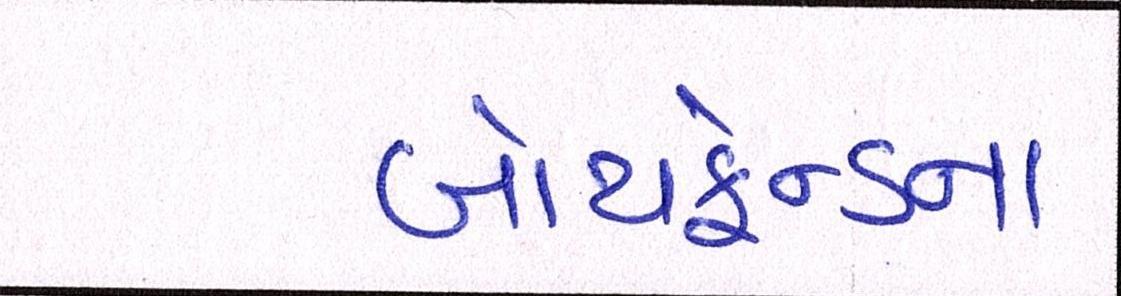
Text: બોયફ્રેન્ડના